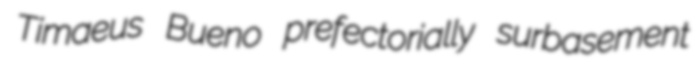
Timaeus Bueno prefectorially surbasement